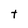
Character: t